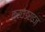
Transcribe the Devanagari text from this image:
क्राउडराइज़